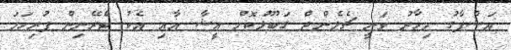
އަޝްފާގު މިހާރު ވަނީ ޗެލެންޖް ގަބޫލުކޮށް އީޝާ އާއި އެކު ޓްރޭނިން ފުރިހަމަ